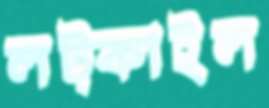
লট্‌কাইল